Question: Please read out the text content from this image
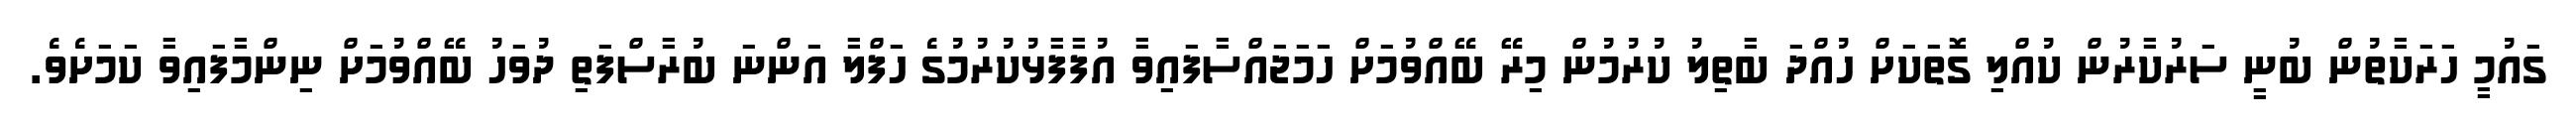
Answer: ގައުމީ ހަރަކާތުން ބުނީ ސަރުކާރުން ކުއްލި ގޮތަކަށް ހުއްދަ ބާތިލު ކުރުމުން މިރޭ ބޭއްވުމަށް ހަމަޖައްސާފައިވާ އުފާފާޅުކުރުމުގެ ހަފްލާ އަންނަ ބުރާސްފަތި ދުވަހު ބޭއްވުމަށް ނިންމާފައިވާ ކަމަށެވެ.